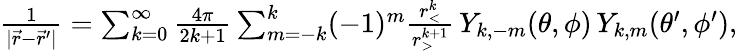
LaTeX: \begin{array}{r}{\frac{1}{|\vec{r}-\vec{r}^{\prime}|}=\sum_{k=0}^{\infty}\frac{4\pi}{2k+1}\sum_{m=-k}^{k}(-1)^{m}\frac{r_{<}^{k}}{r_{>}^{k+1}}\, Y_{k,-m}(\theta,\phi)\, Y_{k,m}(\theta^{\prime},\phi^{\prime}),}\end{array}